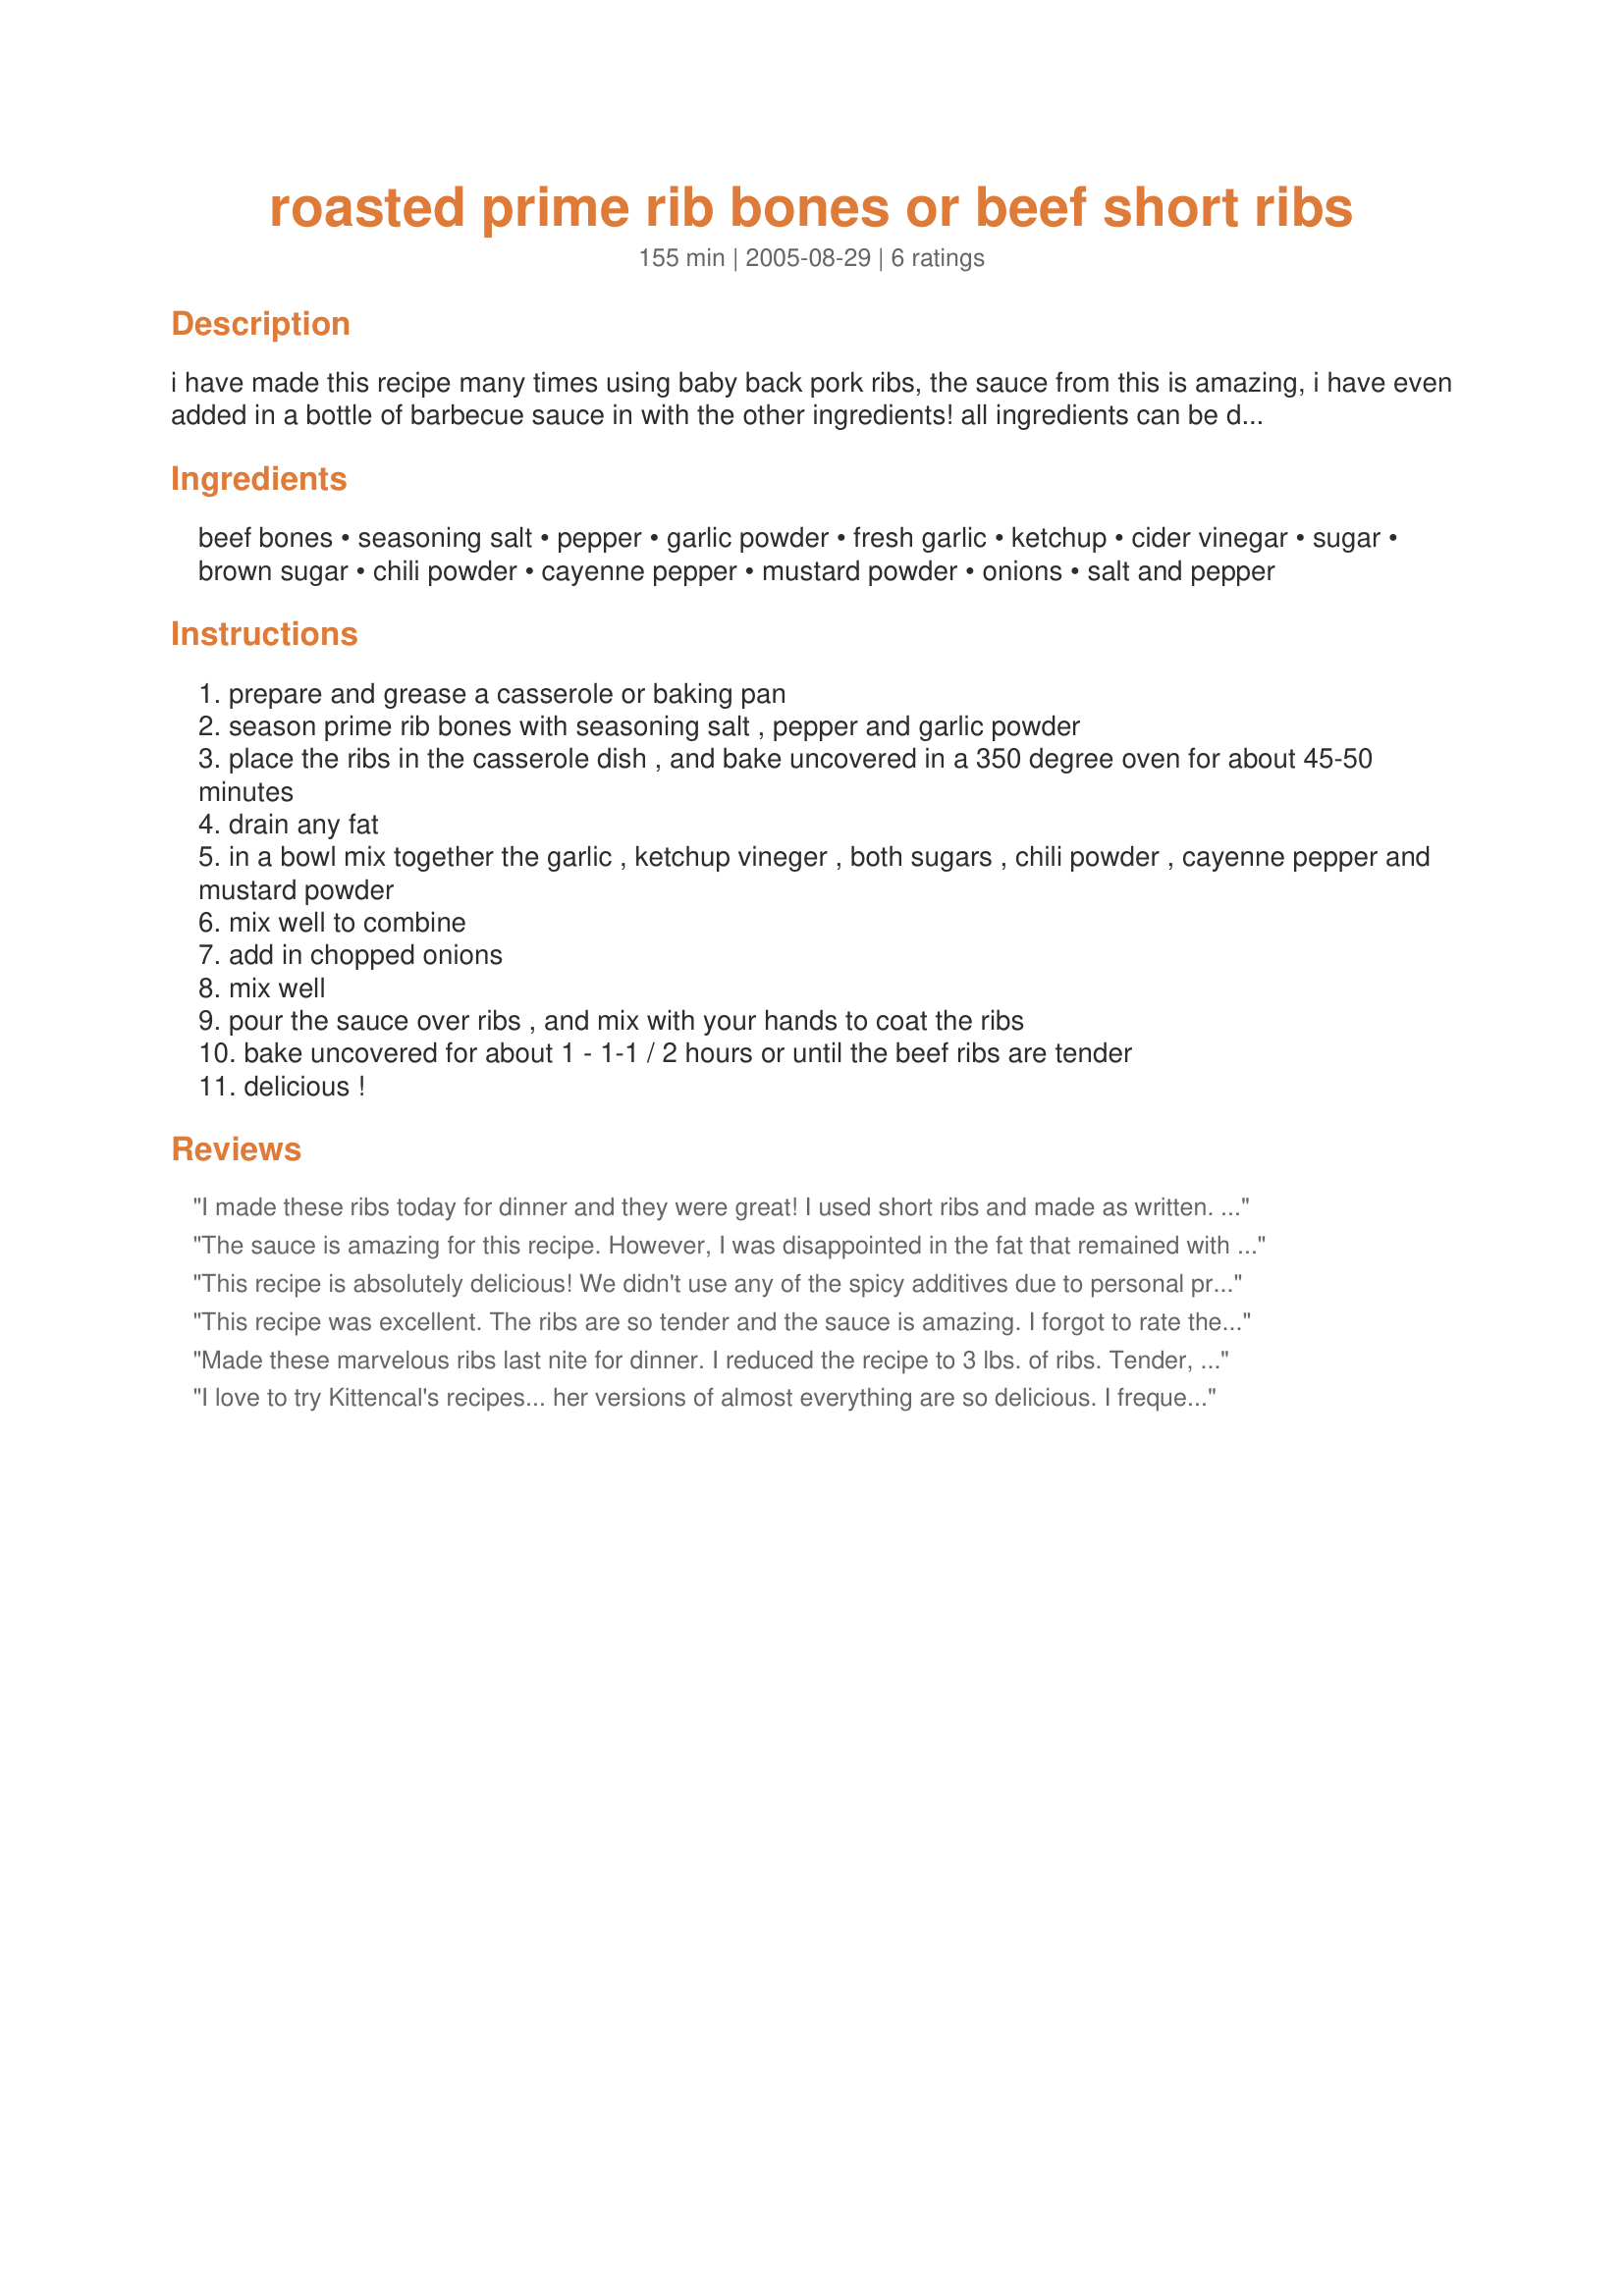
roasted prime rib bones or beef short ribs
Preparation time: 155 minutes

i have made this recipe many times using baby back pork ribs, the sauce from this is amazing, i have even added in a bottle of barbecue sauce in with the other ingredients! all ingredients can be doubled and adjusted to suit taste ---i most always serve these ribs with homemade fries or potato pancakes, see my recipe#129156 --- if you prefer a more spicy sauce just increase the cayenne or add in some crushed chili peppers to taste --- make certain to roast the bones in the oven for about 45 minutes before cooking them in the sauce it improves the flavor.

Ingredients:
beef bones, seasoning salt, pepper, garlic powder, fresh garlic, ketchup, cider vinegar, sugar, brown sugar, chili powder, cayenne pepper, mustard powder, onions, salt and pepper

Steps:
prepare and grease a casserole or baking pan
season prime rib bones with seasoning salt , pepper and garlic powder
place the ribs in the casserole dish , and bake uncovered in a 350 degree oven for about 45-50 minutes
drain any fat
in a bowl mix together the garlic , ketchup vineger , both sugars , chili powder , cayenne pepper and mustard powder
mix well to combine
add in chopped onions
mix well
pour the sauce over ribs , and mix with your hands to coat the ribs
bake uncovered for about 1 - 1-1 / 2 hours or until the beef ribs are tender
delicious !

Reviews:
I made these ribs today for dinner and they were great! I used short ribs and made as written. I had company and we really enjoyed our dinner! Will definately be making again in the future. Another winner here Kitten :) Linda
The sauce is amazing for this recipe. However, I was disappointed in the fat that remained with the finished product and they seemed over done to me. I did drain a signficant amount of fat after the prebake phase, but the final sauce/short ribs contained a large quantity of grease. While I will not make this recipe again, I will definitely revisit the sauce portion of this recipe.
This recipe is absolutely delicious! We didn't use any of the spicy additives due to personal preference. It had such a pleasant smell and taste! This was an amazing dish! Thank you!!!
This recipe was excellent. The ribs are so tender and the sauce is amazing. I forgot to rate the stars in my last rating. And the second day for leftovers was even better. A must keeper recipe by Kittencal. An amazing cook!
Terri
Made these marvelous ribs last nite for dinner. I reduced the recipe to 3 lbs. of ribs.
Tender, and the sauce was superb.
And most importantly, my little doggies throughly enjoyed chewing on the bones. Kept them busy for over 2 hours.
Thank you Kitten for this excellent recipe. It is now my favorite for Prime Rib Bones.
"Uncle Bill"
I love to try Kittencal's recipes... her versions of almost everything are so delicious. I frequently look to see if she has a recipe for "new" things we decide to try out... just to compare HER recipe to any recipe that we might have found (to make sure it is NOT missing something important). I wanted to fix an oven version of beef short ribs and decided to try her recipe... the sauce ingredients were quite aligned with our preferences (without added commercial BBQ sauce). I did use Mike Mills' Magic Dust for the rub for a more complex flavor to the meat (allowed it to infuse overnight in the refrigerator)... I keep it made up & on hand. Next afternoon I followed the cooking of the short ribs and saucing/basting just as written. Result was just delicious... tasty, tangy, and just a bit of lingering heat!
